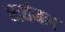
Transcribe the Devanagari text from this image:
व्यर्थजल